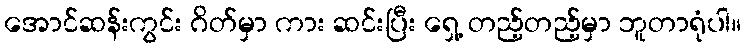
အောင်ဆန်းကွင်း ဂိတ်မှာ ကား ဆင်းပြီး ရှေ့ တည့်တည့်မှာ ဘူတာရုံပါ။